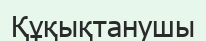
Құқықтанушы